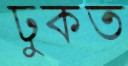
ঢুকত